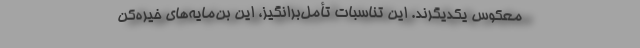
معکوس یکدیگرند. این تناسبات تأمل‌برانگیز، این بن‌مایه‌های خیره‌کن